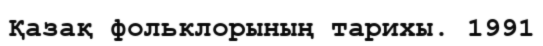
Қазақ фольклорының тарихы. 1991